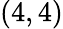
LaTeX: (4,4)